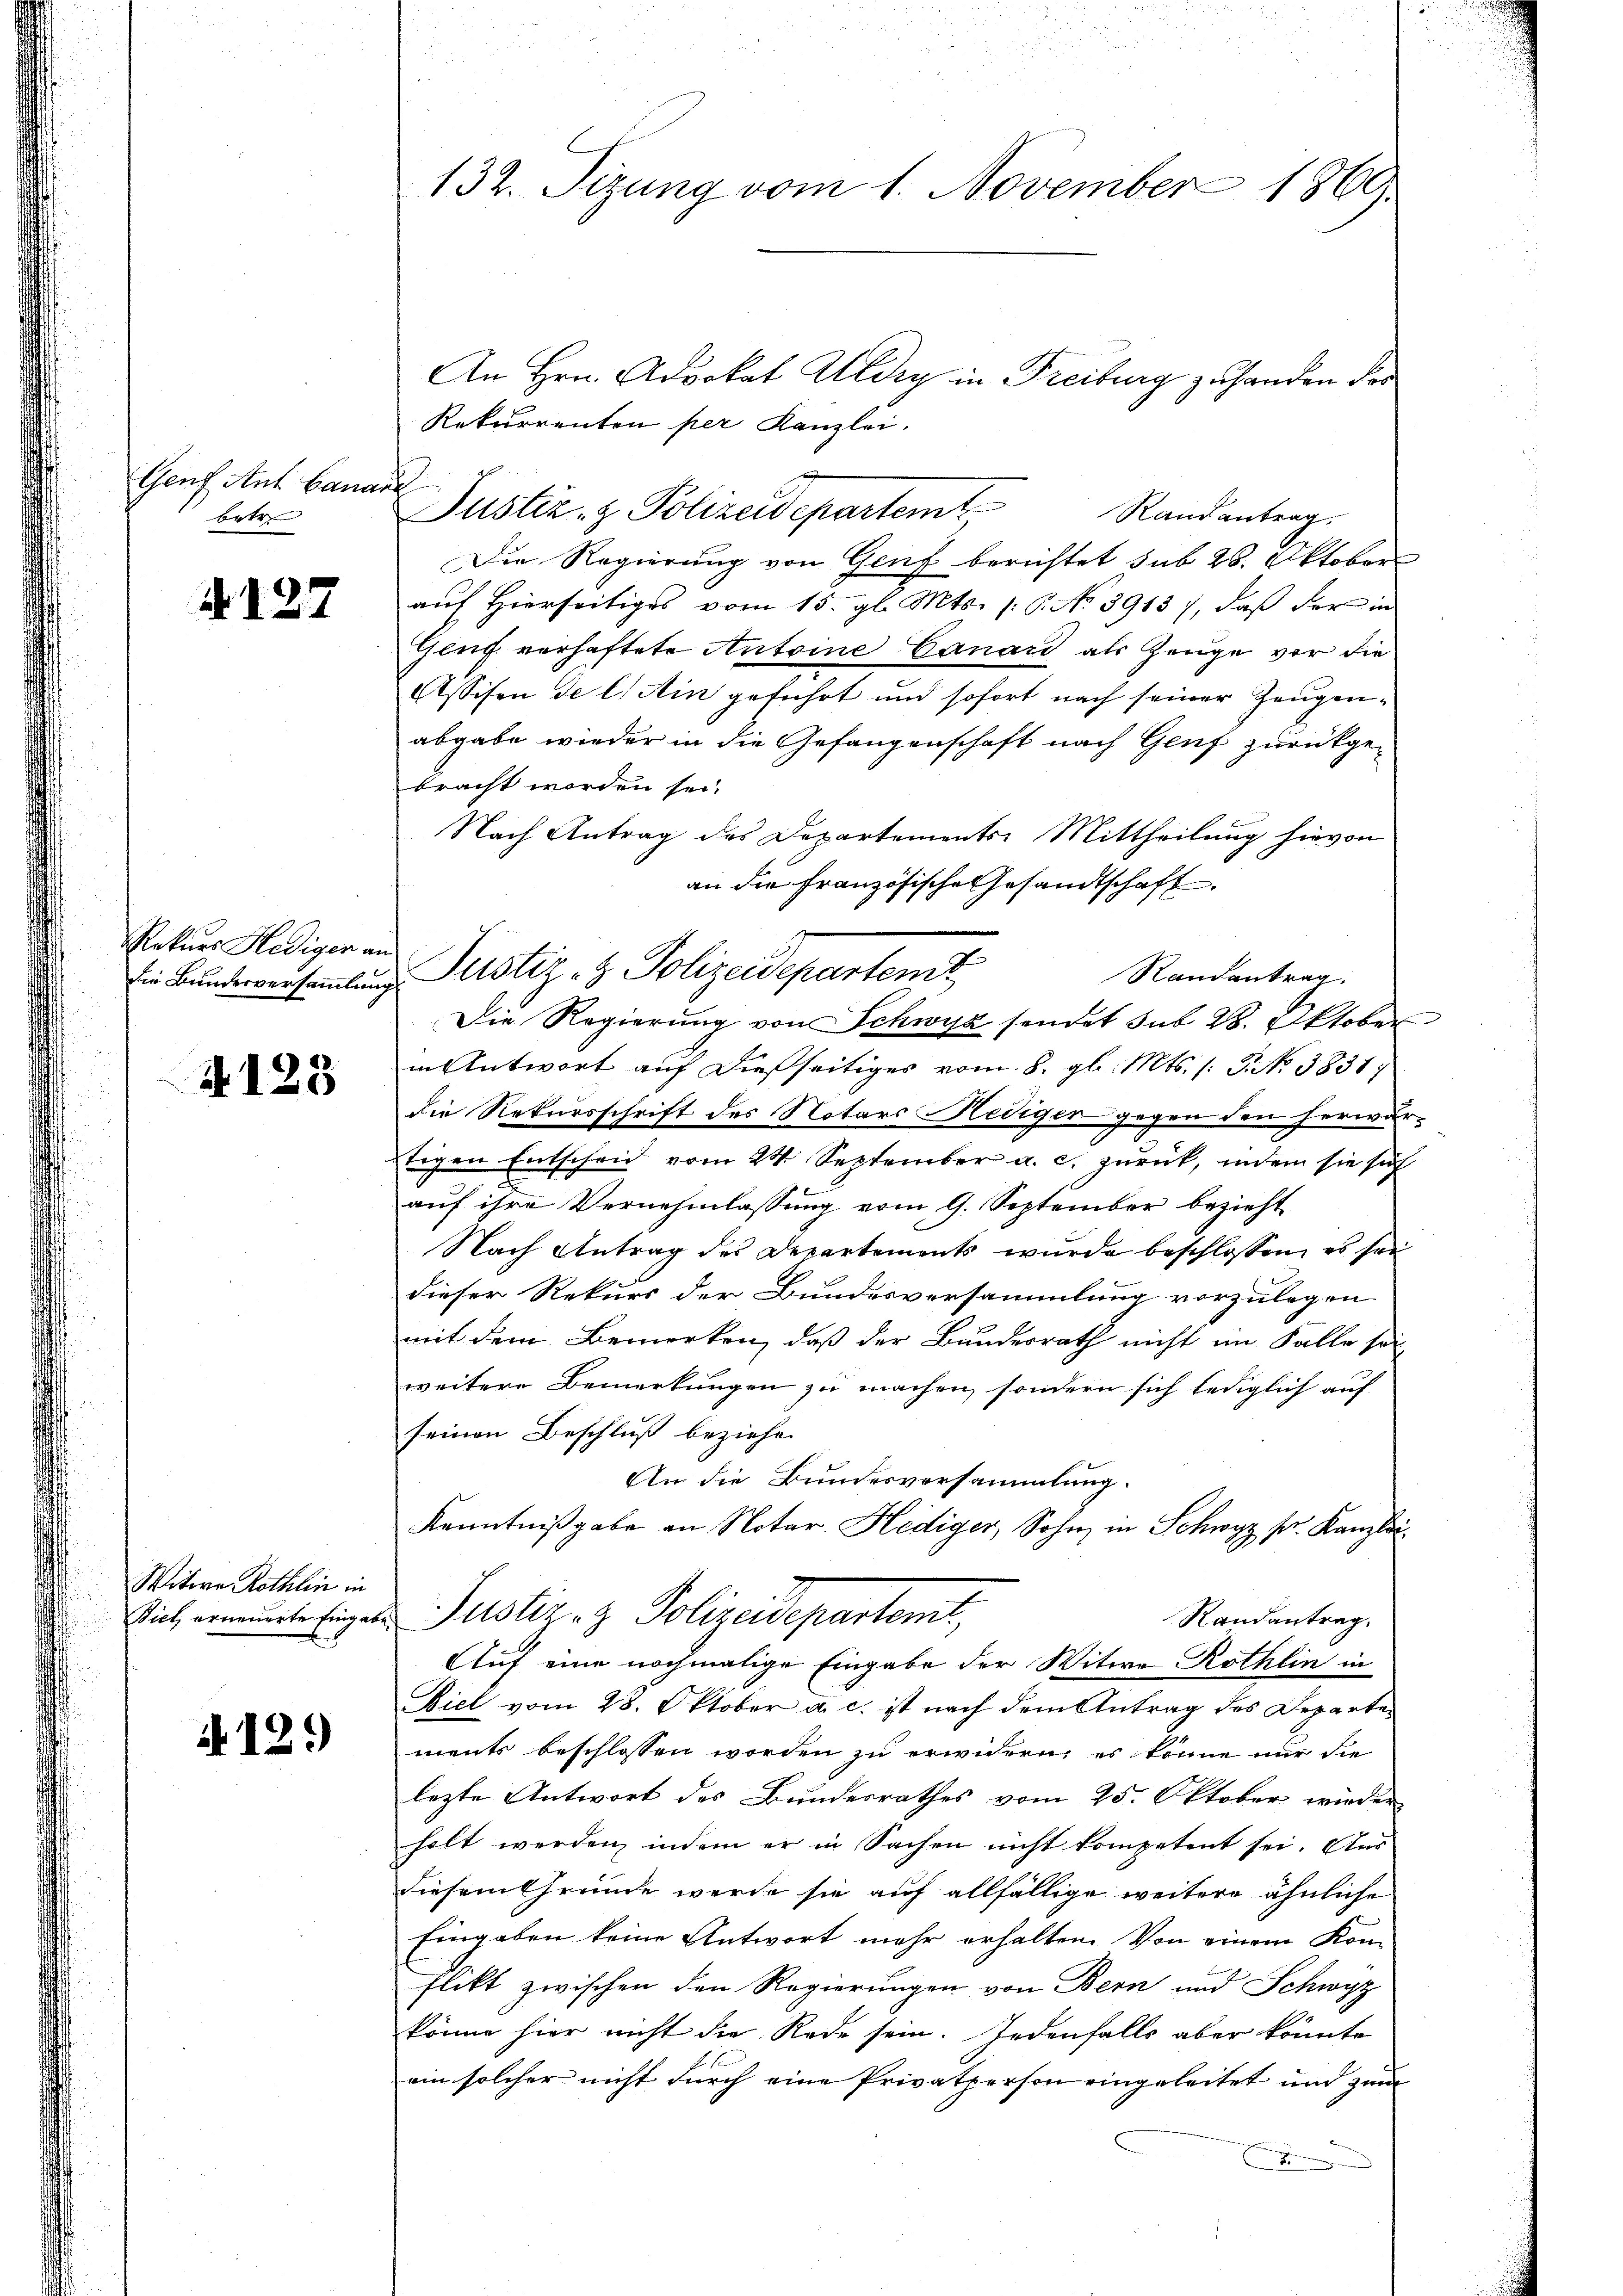
Genf Ant. Cana
betr.

. 127

Rekurs Hediger an
die Bundesversammlung

4123

Witwe Röthlin in
Biel erneuerte Eingabe

it. 129

132. Sizung vom 1. November 1869

An Hrn. Advokat Aldzy in Freiburg zu handen der
Rekurrenten per Kanzlei.
E
Randantrag.
Die Regierung von Genf berichtet sub 28. Oktober
auf Hierseitiges vom 15. gl. Mts. 16. No 39137, daß der in
Geuf verhaftete Antoine Canars als Zeuge vor die
Assisen de l. Ain geführt und sofort nach seiner Zeugenabgabe wieder in die Gefangenschaft nach Genf zurückgebracht worden sei.
Nach Antrag des Departements-Mittheilung hievon
an die Französische Gesandtschaft
Randantrag.
Die Regierung von Schwyz sendet sub 28. Oktober
in Antwort auf dießseitiges vom 8. gl. Mts. (: P. No. 3831
die Rekursschrift des Notars Hediger gegen den herwärtigen Entscheid vom 24. September a. c. zurück, indem sie sich
auf ihre Vernehmlassung vom 9. September bezieht
Nach Antrag des Departements wurde beschlossen, es sei
dieser Rekurs der Bundesversammlung vorzulegen
mit dem Bemerken, daß der Bauderrath nicht im Falle sei
weitere Bemerkungen zu machen, sondern sich lediglich auf
seinen Beschluß beziehen
An die Bundesversammlung.
Kenntnißgabe an Notar Hediger, Sohn in Schwyz pr. Kanzlei
Justiz- & Polizeidepartamt,
Randantrag.
Auf eine nochmalige Eingabe der Witwe Rothlin in
Biel vom 28. Oktober a. c. ist nach dem Antrag des Departen
ments beschlossen worden zu erwidern, es könne nur die
lezte Antwort des Bundesrathes vom 25. Oktober wieder
holt werden, indem er in Sachen nicht kompetent sei. Aus
diesem Gründe werde sie auf allfällige weitere ähnliche
Eingaben keine Antwort mehr erhalten. Von einem Kon-
flikt zwischen den Regierungen von Bern und Schwyz
könne hier nicht die Rede sein. Jedenfalls aber könnte
ein solcher nicht durch eine Privatperson eingeleitet und zur
E

Justiz- & Polizeidepartemt

Justiz- & Polizeidepartent,